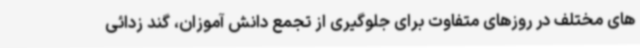
های مختلف در روزهای متفاوت برای جلوگیری از تجمع دانش آموزان، گند زدائی